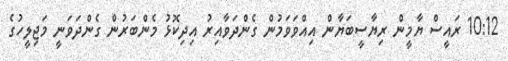
10:12 ރައީސް ޔާމީން ރިޔާސީބަޔާން އިއްވަވަމުން ގެންދަވާއިރު އިދިކޮޅު މެންބަރުން ގެންދަވަނީ މަޖިލީހުގެ